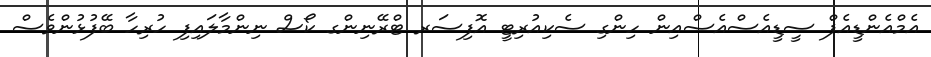
އެމްއެންޑީއެފް ސީޑީއެސްއެސްއިން ހިންގި ސެކިއުރިޓީ އޮފިސަރ ޓްރޭނިންގ ކޯސް ނިންމާލައިފި ހުރިހާ ބޭފުޅުންވެސް